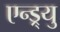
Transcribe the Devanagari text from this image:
एन्ड्र्यु